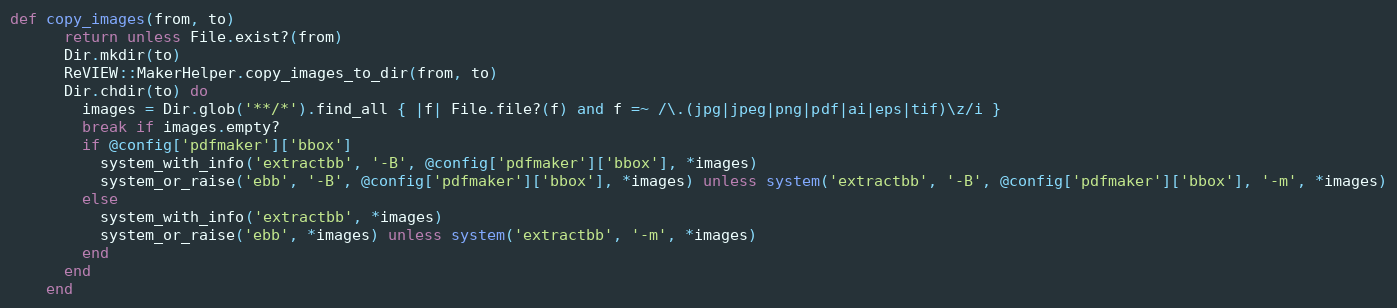
Language: Ruby
def copy_images(from, to)
      return unless File.exist?(from)
      Dir.mkdir(to)
      ReVIEW::MakerHelper.copy_images_to_dir(from, to)
      Dir.chdir(to) do
        images = Dir.glob('**/*').find_all { |f| File.file?(f) and f =~ /\.(jpg|jpeg|png|pdf|ai|eps|tif)\z/i }
        break if images.empty?
        if @config['pdfmaker']['bbox']
          system_with_info('extractbb', '-B', @config['pdfmaker']['bbox'], *images)
          system_or_raise('ebb', '-B', @config['pdfmaker']['bbox'], *images) unless system('extractbb', '-B', @config['pdfmaker']['bbox'], '-m', *images)
        else
          system_with_info('extractbb', *images)
          system_or_raise('ebb', *images) unless system('extractbb', '-m', *images)
        end
      end
    end